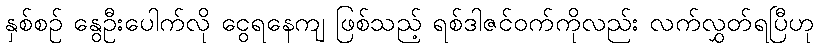
နှစ်စဉ် နွေဦးပေါက်လို ငွေရနေကျ ဖြစ်သည့် ရစ်ဒါဇင်ဝက်ကိုလည်း လက်လွှတ်ရပြီဟု